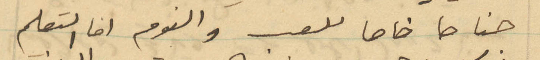
جناحا خاصا للعب والنوم اما التعليم